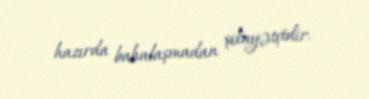
hazırda bahalaşmadan şikayətçidir.